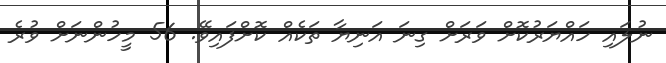
ނުލައި ހައްޔަރުކޮށް ވަރަށް ގިނަ އަނިޔާ ތަކެއް ކޮށްފައިވޭ. 56 މީހުންނަށް ވުރެ